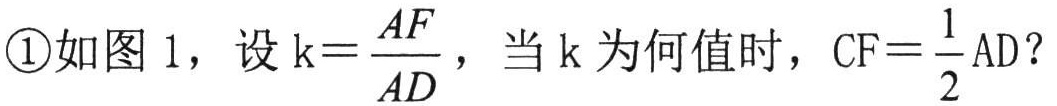
\textcircled{1}如图1，设\(k = \frac{AF}{AD}\)，当\(k\)为何值时，\(CF=\frac{1}{2}AD\)？